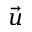
\vec { u }